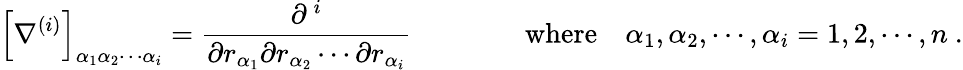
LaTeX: \left[\nabla^{(i)}\right]_{\alpha_{1}\alpha_{2}\cdots\alpha_{i}}={\frac{\partial^{\, i}}{\partial r_{\alpha_{1}}\partial r_{\alpha_{2}}\cdots\partial r_{\alpha_{i}}}}\qquad\qquad{\mathrm{where}}\quad\alpha_{1},\alpha_{2},\cdots,\alpha_{i}=1,2,\cdots,n\ .